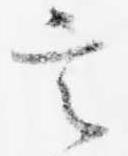
言